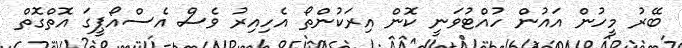
ބޭރު މީހުން އައުން ހުއްޓުވަނީ ކޮން އިރަކުންތޯ އެހިއިރު ވެސް އެސްއޯޕީގަ އޮތްގޮތް